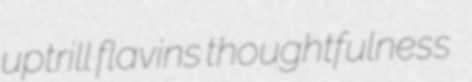
uptrill flavins thoughtfulness